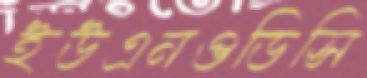
ইউএনওডিসি